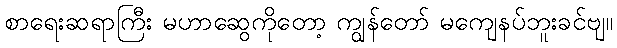
စာရေးဆရာကြီး မဟာဆွေကိုတော့ ကျွန်တော် မကျေနပ်ဘူးခင်ဗျ။